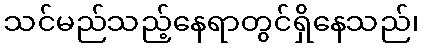
သင်မည်သည့်နေရာတွင်ရှိနေသည်၊